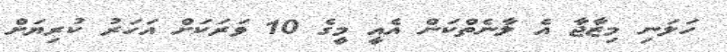
ހަލަނި މިޒާޖާ އެ ލާނެތްކަން އެއީ މީގެ 10 ވަރަކަށް އަހަރު ކުރިޔަށް